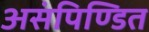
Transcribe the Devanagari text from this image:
असंपिण्डित